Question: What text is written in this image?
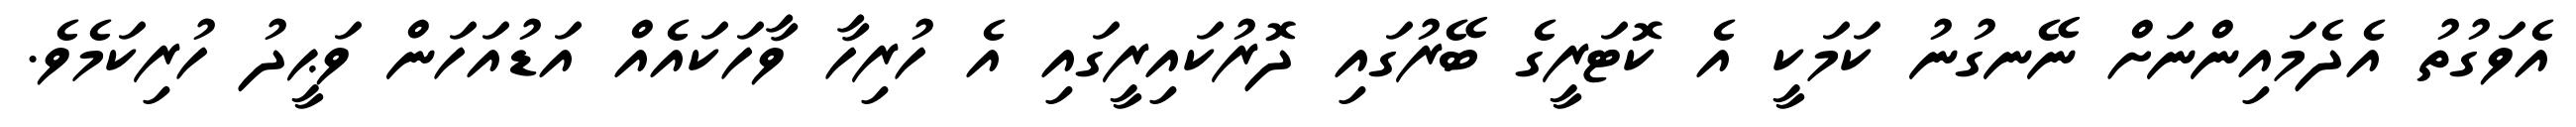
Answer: އެވަގުތު އެދެމައިންނަށް ނޭނގުނު ކަމަކީ އެ ކޮޓަރީގެ ބޭރުގައި ދޮރުކައިރީގައި އެ ހުރިހާ ވާހަކައެއް އަޑުއަހަން ވަޙީދު ހުރިކަމެވެ.